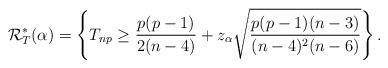
LaTeX: \begin{align*}\mathcal{R}_{T}^*(\alpha)=\left\{T_{np}\ge \frac{p(p-1)}{2(n-4)}+ z_{\alpha}\sqrt{\frac{p(p-1)(n-3)}{(n-4)^2(n-6)}}\right\}.\end{align*}